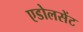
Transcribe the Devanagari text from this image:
एडोलसेंट